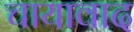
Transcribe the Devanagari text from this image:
चायावाद